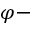
\varphi -